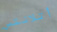
أتلانتس